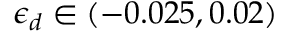
\epsilon _ { d } \in ( - 0 . 0 2 5 , 0 . 0 2 )